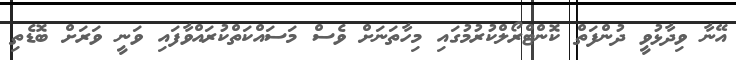
އޭނާ ވިދާޅުވީ ދުންފަތް ކޮންޓްރޯލްކުރުމުގައި މިހާތަނަށް ވެސް މަސައްކަތްކުރައްވާފައި ވަނީ ވަރަށް ބޮޑެތި